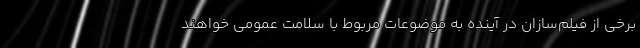
برخی از فیلم‌سازان در آینده به موضوعات مربوط با سلامت عمومی خواهند